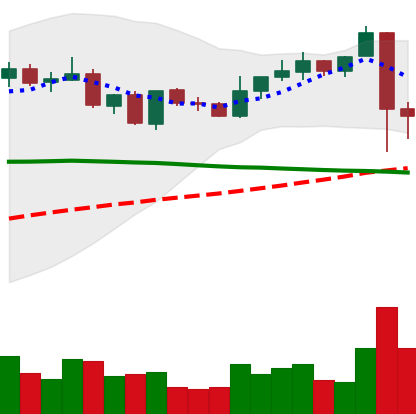
Ticker: XRP-USD
Chart end date: 2021-09-08
Forward return: -3.274%
Label: down_3_5